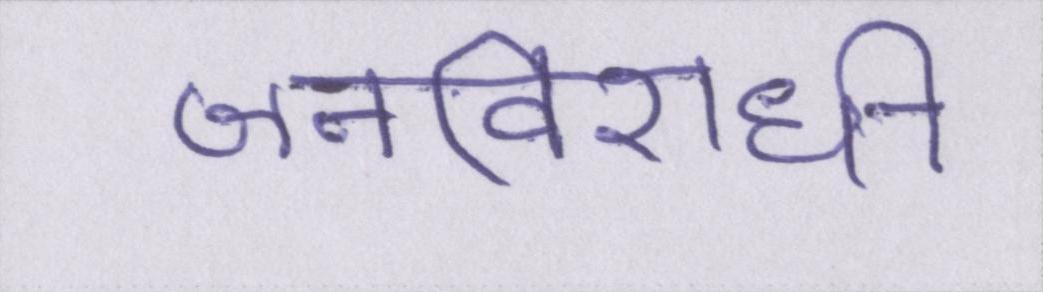
जनविरोधी